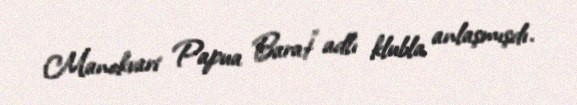
Manokvari Papua Barat” adlı klubla anlaşmışdı.